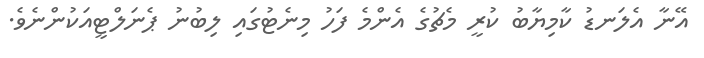
އޭނާ އެލަނޑު ކާމިޔާބު ކުރީ މެޗުގެ އެންމެ ފަހު މިނެޓުގައި ލިބުނު ޕެނަލްޓީއަކުންނެވެ.